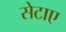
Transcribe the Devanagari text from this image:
सेटाए